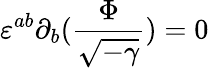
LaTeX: \varepsilon^{ab}\partial_{b}(\frac{\Phi}{\sqrt{-\gamma}})=0